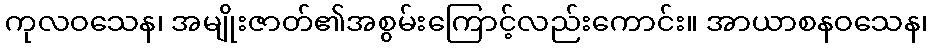
ကုလဝသေန၊ အမျိုးဇာတ်၏အစွမ်းကြောင့်လည်းကောင်း။ အာယာစနဝသေန၊